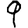
Digit: 9